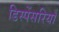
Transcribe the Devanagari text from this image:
डिस्पेंसरियाँ